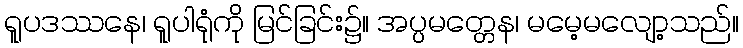
ရူပဒဿနေ၊ ရူပါရုံကို မြင်ခြင်း၌။ အပ္ပမတ္တေန၊ မမေ့မလျော့သည်။